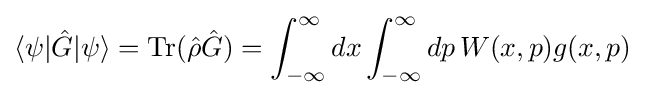
\langle \psi |{\hat {G}}|\psi \rangle =\operatorname {Tr} ({\hat {\rho }}{\hat {G}})=\int _{-\infty }^{\infty }dx\int _{-\infty }^{\infty }dp\,W(x,p)g(x,p)